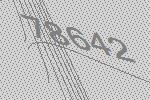
78642